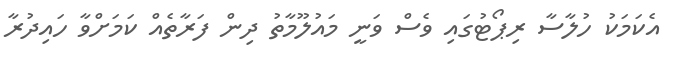
އެކަމަކު ހުލާސާ ރިޕޯޓުގައި ވެސް ވަނީ މައުލޫމާތު ދިން ފަރާތެއް ކަމަށްވާ ހައިދުރާ